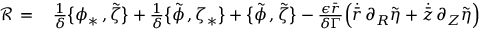
\begin{array} { r l } { \mathcal { R } \, = \, } & { { } \frac { 1 } { \delta } \bigl \{ \phi _ { * } \, , \tilde { \zeta } \bigr \} + \frac { 1 } { \delta } \bigl \{ \tilde { \phi } \, , \zeta _ { * } \bigr \} + \bigl \{ \tilde { \phi } \, , \tilde { \zeta } \bigr \} - \frac { \epsilon \bar { r } } { \delta \Gamma } \Bigl ( \dot { \bar { r } } \, \partial _ { R } \tilde { \eta } + \dot { \bar { z } } \, \partial _ { Z } \tilde { \eta } \Bigr ) } \end{array}